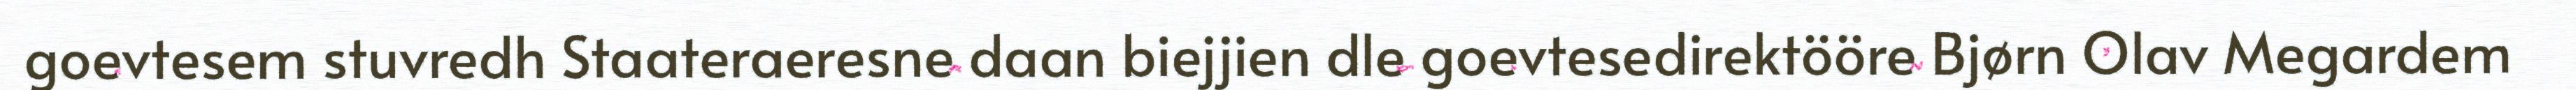
goevtesem stuvredh Staateraeresne daan biejjien dle goevtesedirektööre Bjørn Olav Megardem